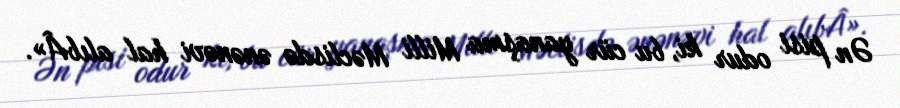
Ən pisi odur ki, bu cür yanaşma Milli Məclisdə ənənəvi hal alıbÂ».